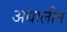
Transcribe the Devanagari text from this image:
अधालीन